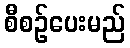
စီစဉ်ပေးမည်